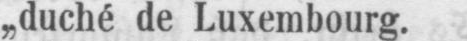
„duché de Luxembourg.